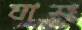
যাশ